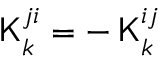
{ \sf K } _ { k } ^ { j i } = - \, { \sf K } _ { k } ^ { i j }